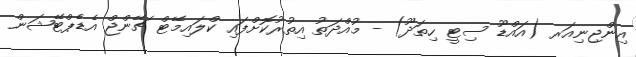
އިންޖިނިއަރ (އައްޑޫ ސިޓީ ހިތަދޫ) - މުއްދަތު އިތުރުކޮށްފައި ކްލައިމޭޓް ޗޭންޖް އެޑެޕްޓޭޝަން